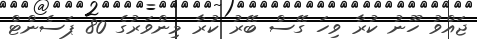
ޖައްވު ހޫނު ކުރާ ވިހަ ގޭސް ބޭރު ކުރާ މިންވަރުގެ 80 ޕަސެންޓް